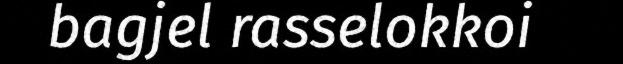
bagjel rasselokkoi